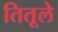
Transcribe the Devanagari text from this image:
तितूले